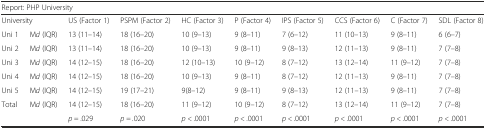
<table><thead><tr><td colspan="10"><b>Report: PHP University</b></td></tr></thead><tbody><tr><td colspan="2">University</td><td>US (Factor 1)</td><td>PSPM (Factor 2)</td><td>HC (Factor 3)</td><td>P (Factor 4)</td><td>IPS (Factor 5)</td><td>CCS (Factor 6)</td><td>C (Factor 7)</td><td>SDL (Factor 8)</td></tr><tr><td>Uni 1</td><td>M<i>d</i> (IQR)</td><td>13 (11–14)</td><td>18 (16–20)</td><td>10 (9–13)</td><td>9 (8–11)</td><td>7 (6–12)</td><td>11 (10–13)</td><td>9 (8–11)</td><td>6 (6–7)</td></tr><tr><td>Uni 2</td><td>M<i>d</i> (IQR)</td><td>13 (11–14)</td><td>18 (16–20)</td><td>10 (9–13)</td><td>9 (8–11)</td><td>9 (8–13)</td><td>12 (11–13)</td><td>9 (8–11)</td><td>7 (7–8)</td></tr><tr><td>Uni 3</td><td>M<i>d</i> (IQR)</td><td>14 (12–15)</td><td>18 (16–20)</td><td>12 (10–13)</td><td>10 (9–12)</td><td>8 (7–12)</td><td>13 (12–14)</td><td>11 (9–12)</td><td>7 (7–8)</td></tr><tr><td>Uni 4</td><td>M<i>d</i> (IQR)</td><td>14 (12–15)</td><td>18 (16–20)</td><td>10 (9–13)</td><td>9 (8–11)</td><td>8 (7–12)</td><td>12 (11–13)</td><td>9 (8–11)</td><td>7 (7–8)</td></tr><tr><td>Uni 5</td><td>M<i>d</i> (IQR)</td><td>14 (12–15)</td><td>19 (17–21)</td><td>9(8–12)</td><td>9 (8–11)</td><td>9 (8–13)</td><td>12 (11–13)</td><td>9 (8–11)</td><td>7 (7–8)</td></tr><tr><td>Total</td><td>M<i>d</i> (IQR)</td><td>14 (12–15)</td><td>18 (16–20)</td><td>11 (9–12)</td><td>10 (9–12)</td><td>8 (7–12)</td><td>13 (12–14)</td><td>11 (9–12)</td><td>7 (7–8)</td></tr><tr><td></td><td></td><td><i>p =</i> .029</td><td><i>p = .</i>020</td><td><i>p &lt;</i> .0001</td><td><i>p &lt;</i> .0001</td><td><i>p &lt;</i> .0001</td><td><i>p &lt;</i> .0001</td><td><i>p &lt;</i> .0001</td><td><i>p &lt;</i> .0001</td></tr></tbody></table>